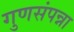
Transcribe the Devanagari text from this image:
गुणसंपन्ना